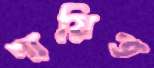
দায়িত